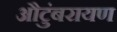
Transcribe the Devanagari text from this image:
औटुंबरायण